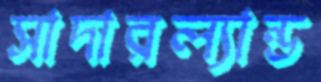
সাদারল্যান্ড